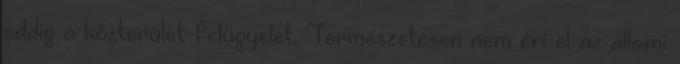
eddig a közterület-felügyelet. Természetesen nem éri el az állami